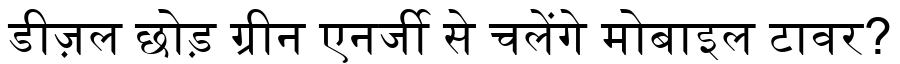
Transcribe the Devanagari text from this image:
डीज़ल छोड़ ग्रीन एनर्जी से चलेंगे मोबाइल टावर?